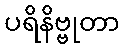
ပရိနိဗ္ဗုတာ